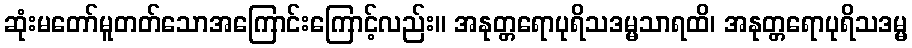
ဆုံးမတော်မူတတ်သောအကြောင်းကြောင့်လည်း။ အနုတ္တရောပုရိသဒမ္မသာရထိ၊ အနုတ္တရောပုရိသဒမ္မ